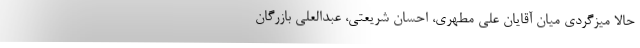
حالا میزگردی میان آقایان علی مطهری، احسان شریعتی، عبدالعلی بازرگان